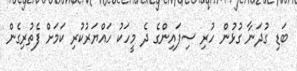
ބަޑި ގުދަނާ ގުޅުން ހުރި ސިފައިންގެ ދެ މީހަކު ހައްޔަރުކުރި ކަމަށް ފެތުރިގެން